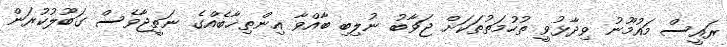
ރައީސް މައުމޫނު ވިދާޅުވީ ތުހުމަތުތަކަށް ޖަވާބު ނުލިބި ބާއްވާ އިންތިޚާބެއްގެ ނަތީޖާވެސް ގަބޫލުކުރަން